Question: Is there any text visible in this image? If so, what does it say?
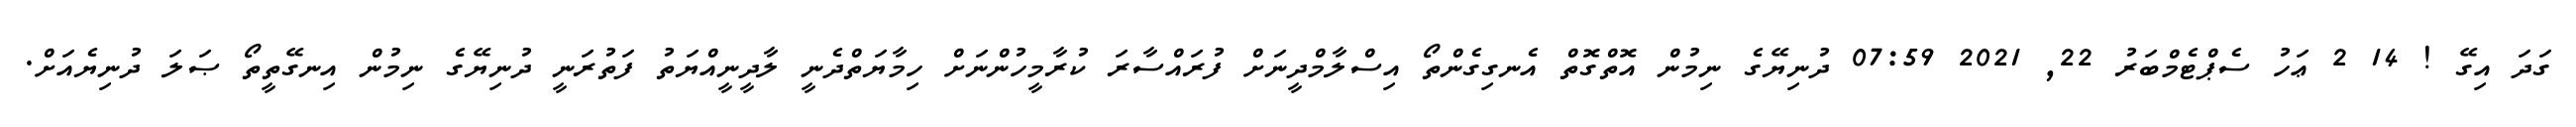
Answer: ގަދަ އިގޭ ! 14 2 ޢަހު ސެޕްޓެމްބަރު 22, 2021 07:59 ދުނިޔޭގެ ނިމުން އޮތްގޮތް އެނގިގެންތޯ އިސްލާމްދީނަށް ފުރައްސާރަ ކުރާމީހުންނަށް ހިމާޔަތްދެނީ ލާދީނީއްޔަތު ފަތުރަނީ ދުނިޔޭގެ ނިމުން އިނގޭތީތޯ ޞަލަ ދުނިޔެއަށް.